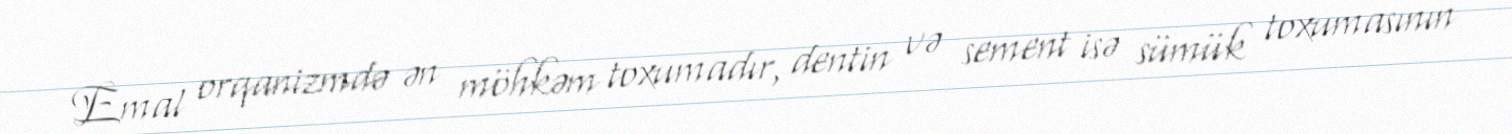
Emal orqanizmdə ən möhkəm toxumadır, dentin və sement isə sümük toxumasının